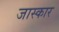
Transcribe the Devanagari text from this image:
जास्कार